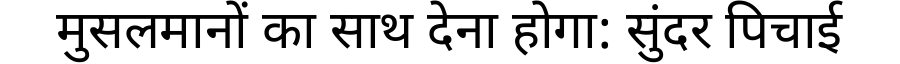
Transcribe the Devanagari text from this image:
मुसलमानों का साथ देना होगा: सुंदर पिचाई